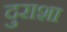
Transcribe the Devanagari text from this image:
दुराशा